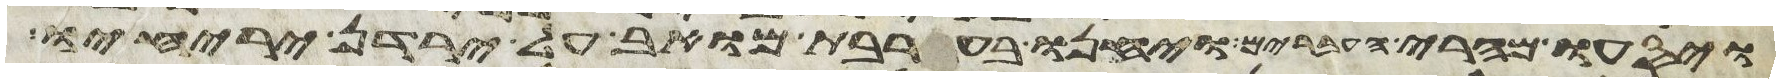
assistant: ויסעו מהרי העברים ויחנו בערבת מואב על ירדן יריחו